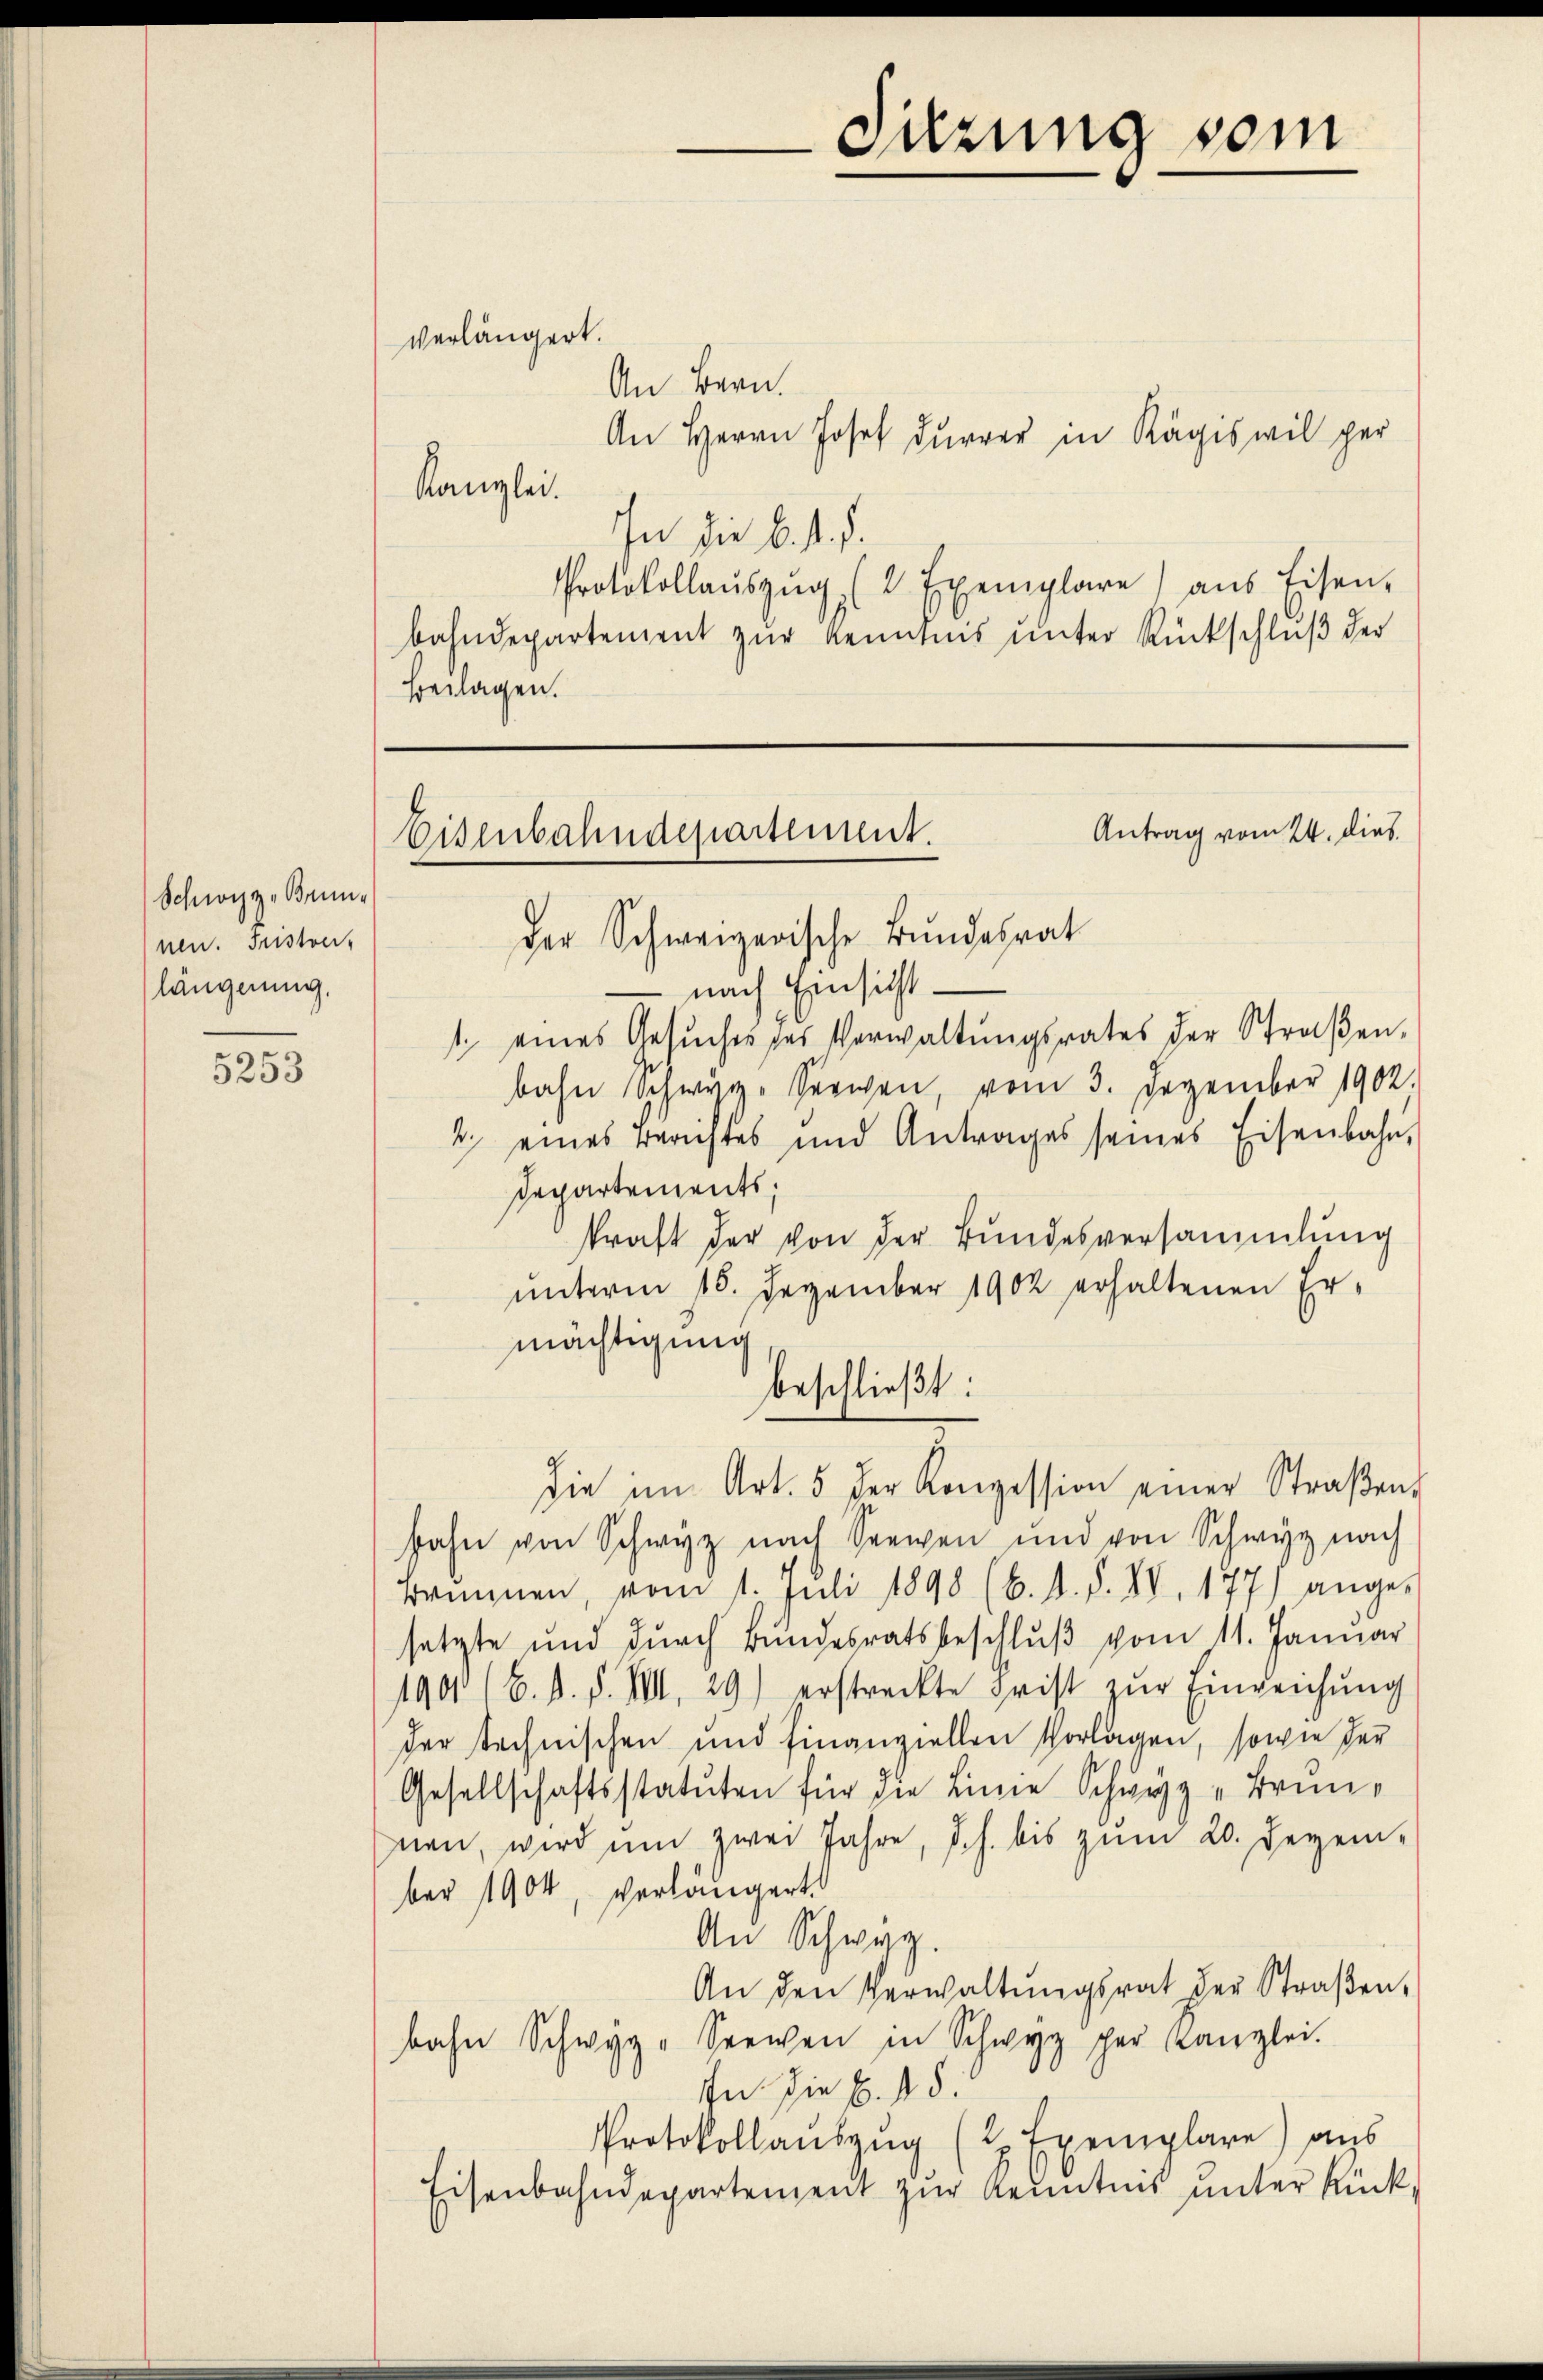
Schnozze Brune
nen. Instver-
längerung,

5253

An Bern.
An Herrn Josef Dürrer in Kägiswil per
Kanzlei.
In die 6. d. d.
Protokollaŭszŭg (2 Exemplare) aus Eisen-
bahndepartement zŭr Kenntnis unter Rückschlŭβ der
Beilagen.

verlängert.

Antrag vom 24. dies
Eisenbahndepartement.
der Schweizerische Bundesrat

nach Einsichtt. eines Gesŭches des Verwaltŭngsrates der Straβen-
bahn Schwyz, Serien, vom 3. Dezember 1902.
2. eines Berichtes und Antrages seines Eisenbahn,
Departements;
kraft der von der Bundesversammlung
ŭnterm 16. Dezember 1902 erhaltenen Er-
mächtigung
fahn von Schwyz nach Seewen und von Schwyz nach
Brunnen, vom 1. Juli 1898 (6. d. d. IV. 177) ange-
setzte und durch Bundesratsbeschluß vom 11. Januar
1901 (B. d. d. VIII 29) erstreckte Frist zŭr Einreichŭng
der technischen und finanziellen Vorlagen, sowie der
Gesellschaftsstatuten für die Linie Schwyz „Brunnen, wird ŭm zwei Jahre, d. h. bis zŭm 20. Dezem-
ber 1904, verlängert.
An Schwyz.
An den Verwaltŭngsrat der Straßen,
bahn Schwyz-Seewen in Schwyz per Kanzlei.
In die B. d. d.
Protokollauszug (2 Exemplare) aus
isenbahndepartement zŭr Kenntnis unter Rück¬

beschließt:
die im Art. 5 der Konzession einer Straβen-

Sitzung sein